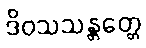
ဒိဝသသန္တတ္တေ